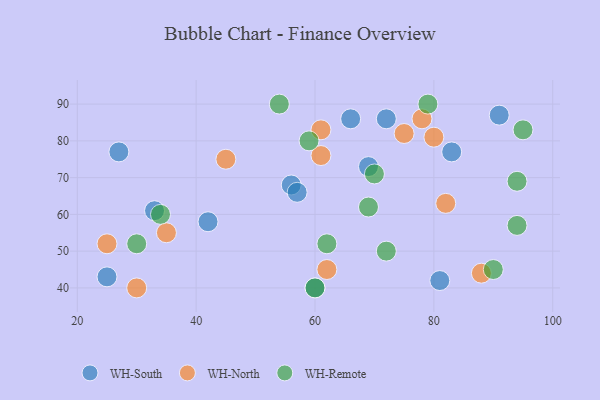
{"axis": {"x": "GDP", "y": "Life Expectancy"}, "legend": ["WH-North", "WH-Remote", "WH-South"], "data": [{"x": "69", "y": 73, "type": "WH-South"}, {"x": "81", "y": 42, "type": "WH-South"}, {"x": "27", "y": 77, "type": "WH-South"}, {"x": "56", "y": 68, "type": "WH-South"}, {"x": "72", "y": 86, "type": "WH-South"}, {"x": "91", "y": 87, "type": "WH-South"}, {"x": "42", "y": 58, "type": "WH-South"}, {"x": "66", "y": 86, "type": "WH-South"}, {"x": "57", "y": 66, "type": "WH-South"}, {"x": "25", "y": 43, "type": "WH-South"}, {"x": "33", "y": 61, "type": "WH-South"}, {"x": "83", "y": 77, "type": "WH-South"}, {"x": "60", "y": 40, "type": "WH-South"}, {"x": "88", "y": 44, "type": "WH-North"}, {"x": "75", "y": 82, "type": "WH-North"}, {"x": "82", "y": 63, "type": "WH-North"}, {"x": "30", "y": 40, "type": "WH-North"}, {"x": "25", "y": 52, "type": "WH-North"}, {"x": "61", "y": 76, "type": "WH-North"}, {"x": "62", "y": 45, "type": "WH-North"}, {"x": "45", "y": 75, "type": "WH-North"}, {"x": "78", "y": 86, "type": "WH-North"}, {"x": "35", "y": 55, "type": "WH-North"}, {"x": "61", "y": 83, "type": "WH-North"}, {"x": "80", "y": 81, "type": "WH-North"}, {"x": "72", "y": 50, "type": "WH-Remote"}, {"x": "69", "y": 62, "type": "WH-Remote"}, {"x": "70", "y": 71, "type": "WH-Remote"}, {"x": "60", "y": 40, "type": "WH-Remote"}, {"x": "94", "y": 57, "type": "WH-Remote"}, {"x": "59", "y": 80, "type": "WH-Remote"}, {"x": "79", "y": 90, "type": "WH-Remote"}, {"x": "62", "y": 52, "type": "WH-Remote"}, {"x": "34", "y": 60, "type": "WH-Remote"}, {"x": "90", "y": 45, "type": "WH-Remote"}, {"x": "94", "y": 69, "type": "WH-Remote"}, {"x": "54", "y": 90, "type": "WH-Remote"}, {"x": "95", "y": 83, "type": "WH-Remote"}, {"x": "30", "y": 52, "type": "WH-Remote"}]}